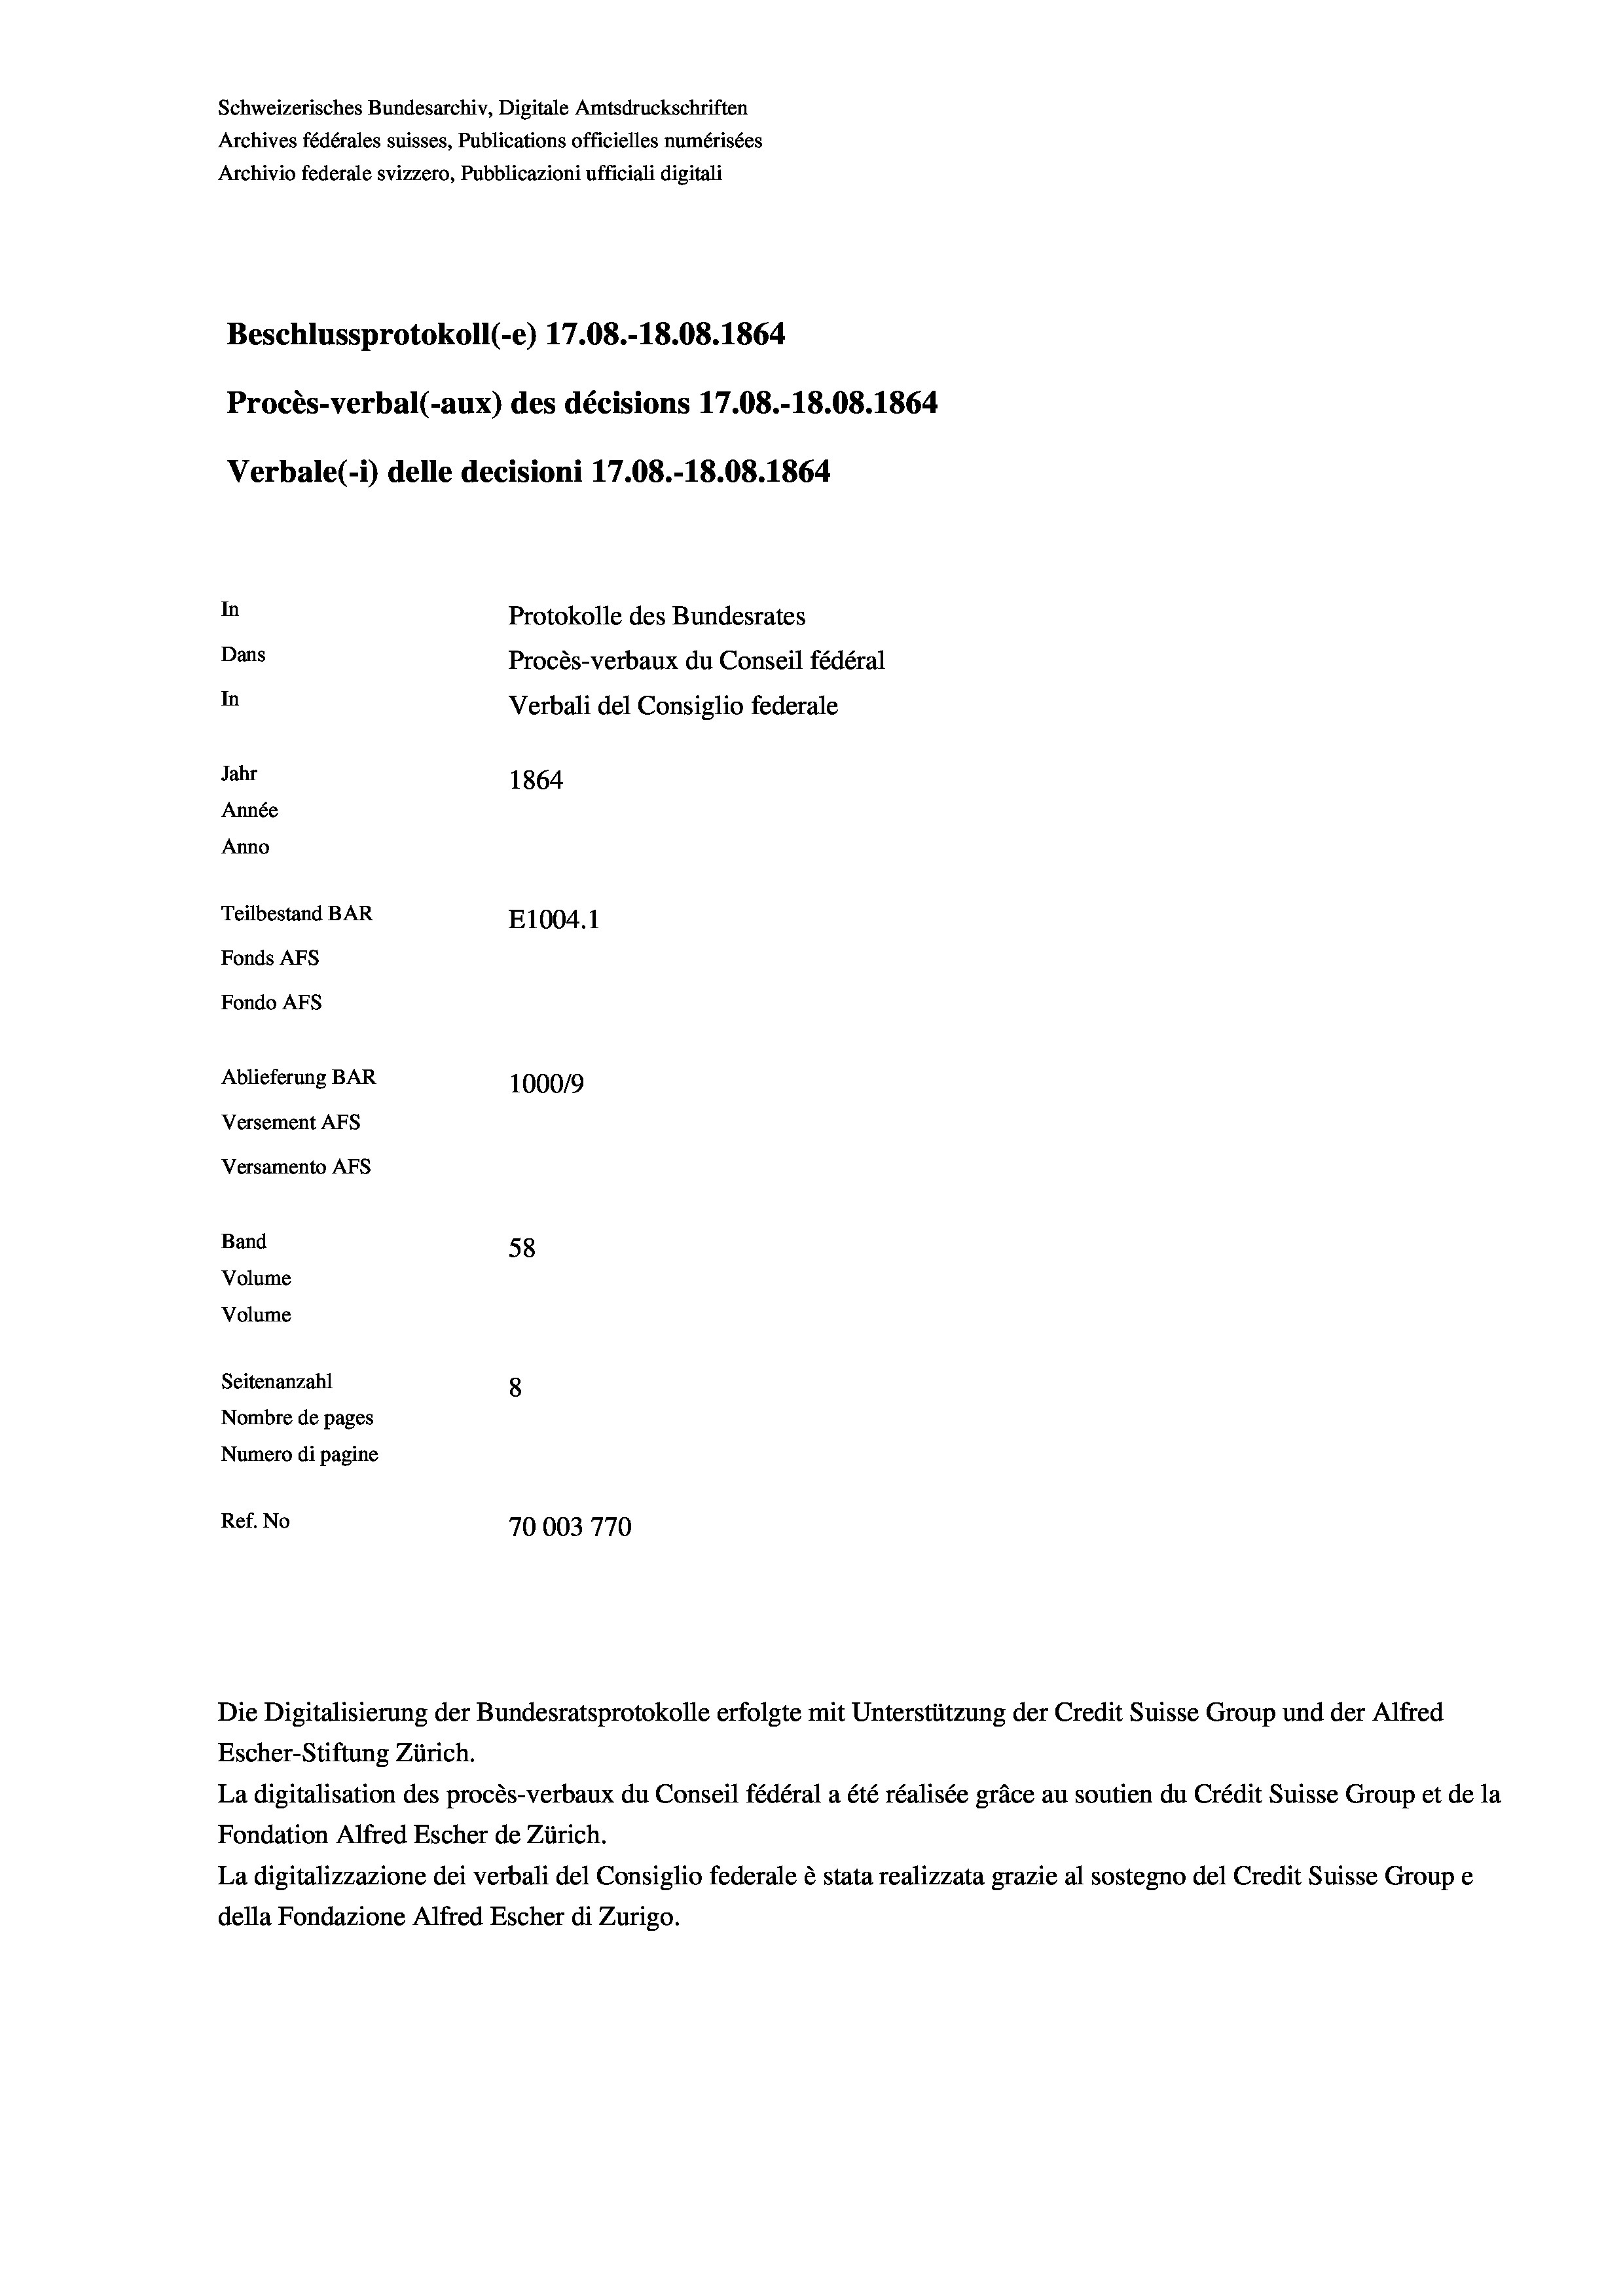
Schweizerisches Bundesarchiv, Digitale Amtsdruckschriften
Archives fédérales suisses, Publications officielles numérisées
Archivio federale svizzero, Pubblicazioni ufficiali digitali
Beschlussprotokoll (-e) 17.08.-18.08. 1864
Procès-verbal (-aux) des décisions 17.08.-18.08. 1864
Verbale(-*) delle decisioni 17.08.-18.08. 1864
In
Protokolle des Bundesrates
Dans
Procès-verbaux du Conseil fédéral
In
Verbali del Consiglio federale
Jahr
1864
Année
Anno
Teilbestand BAR
E1004.1
Fonds AFs
Fondo AFS
Ablieferung BAR
1000/9
Versement AFs
Versamento Afs

58
8
Nombre de pages
Numero di pagine
Ref. No
70003770

Band
Volume
Volume
Seitenanzahl

Die Digitalisierung der Bundesratsprotokolle erfolgte mit Unterstützung der Credit Suisse Group und der Alfred
Escher-Stiftung Zürich.
La digitalisation des procès-verbaux du Conseil fédéral a été réalisée gräce au soutien du Crédit Suisse Group et de la
Fondation Alfred Escher de Zürich.
La digitalizzazione dei verbali del Consiglio federale è stata realizzata grazie al sostegno del Credit Suisse Groupe
della Fondazione Alfred Escher di Zurigo.